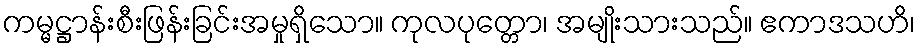
ကမ္မဋ္ဌာန်းစီးဖြန်းခြင်းအမှုရှိသော။ ကုလပုတ္တော၊ အမျိုးသားသည်။ ဧကာဒသဟိ၊